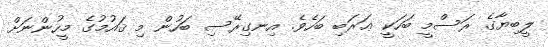
ލީބިޔާގެ ރަސްމީ ބަހަކީ ޢަރަބި ބަހެވެ. އިނގިރޭސި ބަހުން މި ޤައުމުގެ މީހުންނަށް